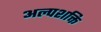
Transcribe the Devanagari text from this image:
अल्‍पशक्ति